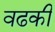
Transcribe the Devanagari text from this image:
वढकी